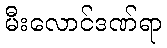
မီးလောင်ဒဏ်ရာ